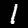
Digit: 1